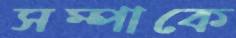
সম্পাকে